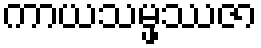
ကာယသမ္ဖဿဇာ